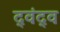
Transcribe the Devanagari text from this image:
द्‍वंद्‍व